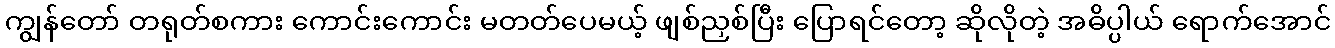
ကျွန်တော် တရုတ်စကား ကောင်းကောင်း မတတ်ပေမယ့် ဖျစ်ညှစ်ပြီး ပြောရင်တော့ ဆိုလိုတဲ့ အဓိပ္ပါယ် ရောက်အောင်